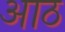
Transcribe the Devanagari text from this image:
अाठ